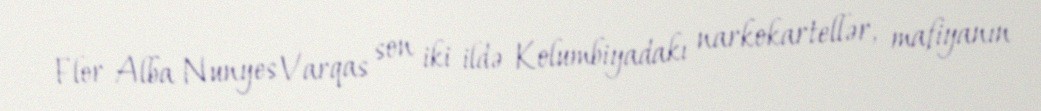
Flor Alba Nunyes Varqas son iki ildə Kolumbiyadakı narkokartellər, mafiyanın